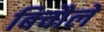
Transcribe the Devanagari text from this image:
बिचौले